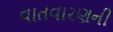
વાતવારણની